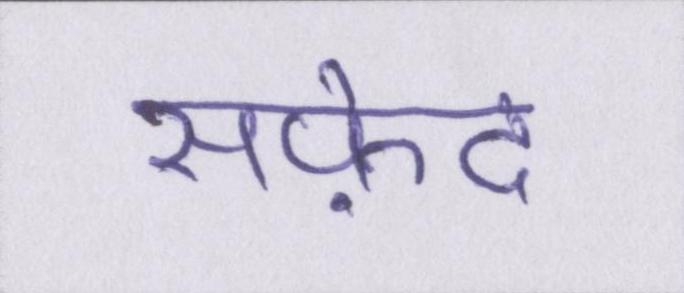
सफ़ेद